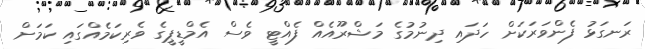
ރަނގަޅު ފެންވަރަކަށް ހަދައި ދިނުމުގެ މަޝްރޫއެއް ފެއްޓީ ވެސް އެމްޑީޕީގެ ވެރިކަމެއްގައި ކަމަށް